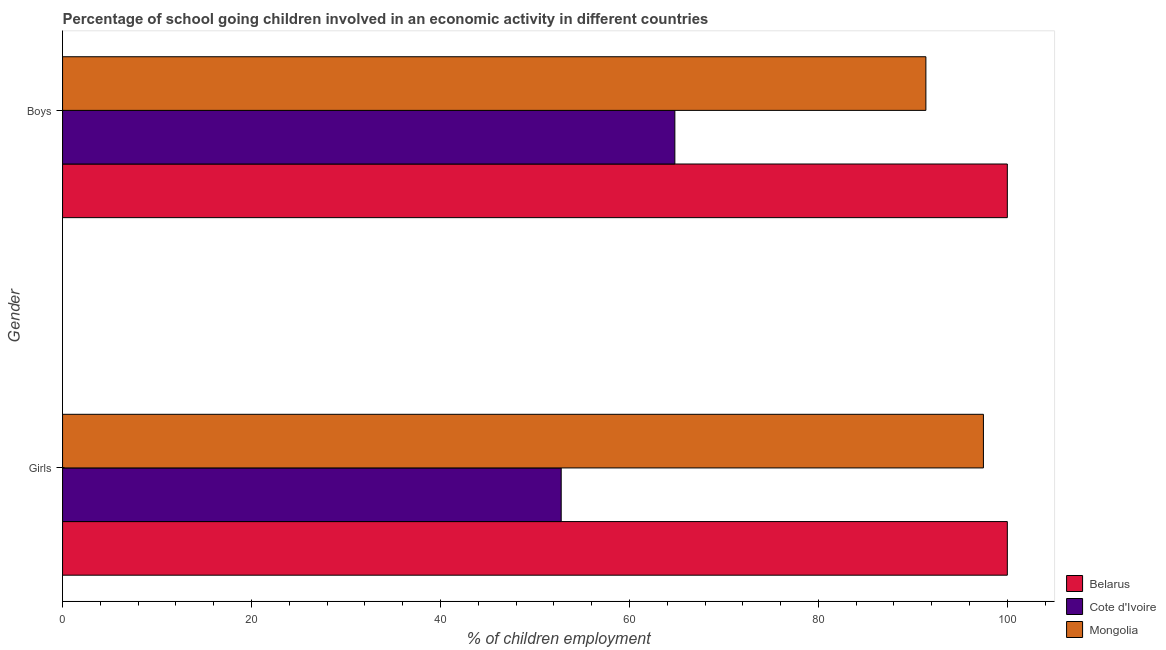
| Gender | Belarus | Cote d'Ivoire | Mongolia |
 | --- | --- | --- | --- |
 | Girls | 100 | 52.8 | 97.5 |
 | Boys | 100 | 64.8 | 91.4 |